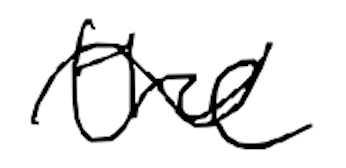
Text: the
Cross-out: wave
Writing tool: digital_black